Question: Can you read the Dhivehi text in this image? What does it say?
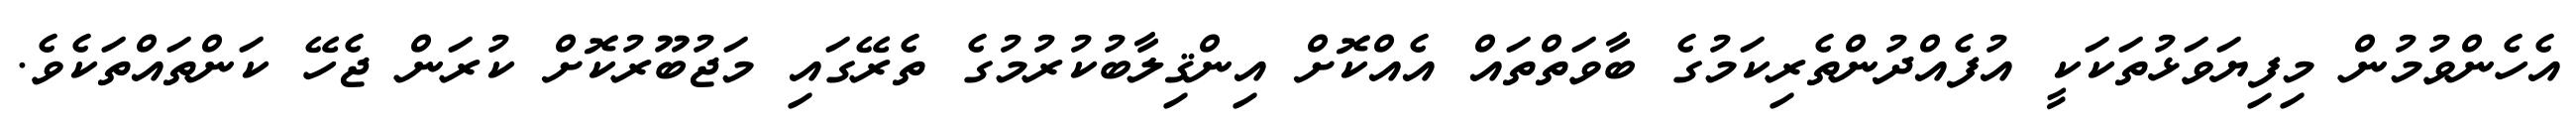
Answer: އެހެންވުމުން މިފިޔަވަޅުތަކަކީ އުފެއްދުންތެރިކަމުގެ ބާވަތްތައް އެއްކޮށް އިންޤިލާބުކުރުމުގެ ތެރޭގައި މަޖުބޫރުކޮށް ކުރަން ޖެހޭ ކަންތައްތަކެވެ.